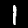
Digit: 1